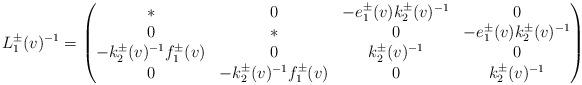
LaTeX: \begin{align*}L_{1}^{\pm}(v)^{-1}=\begin{pmatrix}*&0&-e_{1}^{\pm}(v)k_{2}^{\pm}(v)^{-1}&0\\0&*&0&-e_{1}^{\pm}(v)k_{2}^{\pm}(v)^{-1}\\-k_{2}^{\pm}(v)^{-1}f_{1}^{\pm}(v)&0&k_{2}^{\pm}(v)^{-1}&0\\0&-k_{2}^{\pm}(v)^{-1}f_{1}^{\pm}(v)&0&k_{2}^{\pm}(v)^{-1}\end{pmatrix}\end{align*}